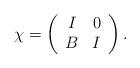
LaTeX: \begin{align*}\chi = \left( \begin{array}{cc} I & 0 \\ B & I \end{array}\right). \end{align*}